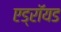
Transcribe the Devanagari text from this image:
एड्रॉयड